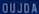
OUJOA